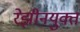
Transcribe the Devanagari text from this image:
रेझीनयुक्त